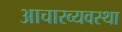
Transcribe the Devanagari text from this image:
आचारव्यवस्था